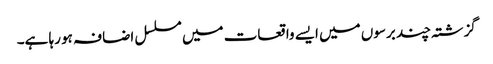
گزشتہ چند برسوں میں ایسے واقعات میں مسلسل اضافہ ہو رہا ہے۔